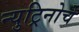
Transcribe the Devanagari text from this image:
न्युट्रिनोचे